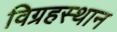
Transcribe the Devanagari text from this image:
विग्रहस्थान